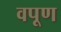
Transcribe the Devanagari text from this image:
वपूण